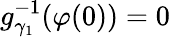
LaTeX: g_{\gamma_{1}}^{-1}(\varphi(0))=0